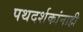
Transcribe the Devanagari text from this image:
पथदर्शकांनाही